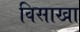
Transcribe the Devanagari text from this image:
विसाखा